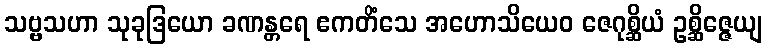
သဗ္ဗသဟာ သုခုဒြယော ခဏန္တရေ ဧကတိံသေ အဟောသိယေဝ ဇေဂုစ္ဆိယံ ဥစ္ဆိဇ္ဇေယျ